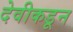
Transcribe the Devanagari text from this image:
देवीकडून